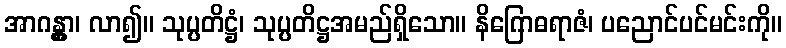
အာဂန္တွာ၊ လာ၍။ သုပ္ပတိဋ္ဌံ၊ သုပ္ပတိဋ္ဌအမည်ရှိသော။ နိဂြောဓရာဇံ၊ ပညောင်ပင်မင်းကို။